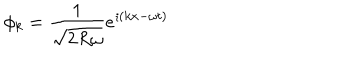
\phi _ { k } = { \frac { 1 } { \sqrt { 2 R \omega } } } e ^ { \imath ( k x - \omega t ) }